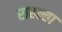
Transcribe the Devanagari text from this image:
राहल्ता